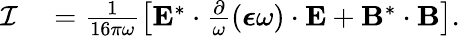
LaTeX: \begin{array}{rl}{\mathcal{I}}&{{}=\frac{1}{16\pi\omega}\left[\mathbf{E}^{*}\cdot\frac{\partial}{\omega}(\boldsymbol{\epsilon}\omega)\cdot\mathbf{E}+\mathbf{B}^{*}\cdot\mathbf{B}\right].}\end{array}